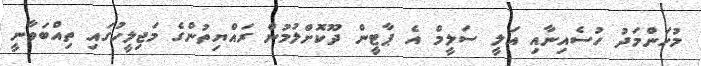
މުހަންމަދު ހުސެއިނާއި އަލީ ސަލީމް އެ ޕާޓީން ދޫކޮށްލުމުން ރައްޔިތުންގެ މަޖިލީހުގައި ތިއްބަވާނީ